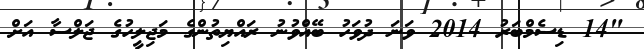
"14 ޑިސެމްބަރު 2014 ވަނަ ދުވަހު ބޭއްވުނު ރައްޔިތުންގެ މަޖިލީހުގެ ޖަލްސާ އަށް